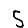
Digit: 5